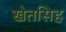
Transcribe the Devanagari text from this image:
खेतसिह